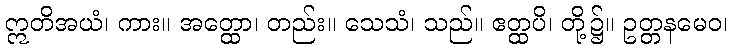
ဣတိအယံ၊ ကား။ အတ္ထော၊ တည်း။ သေသံ၊ သည်။ ဧတ္ထပိ၊ တို့၌။ ဥတ္တနမေဝ၊